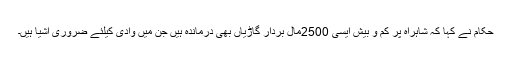
حکام نے کہا کہ شاہراہ پر کم و بیش ایسی 2500مال بردار گاڑیاں بھی درماندہ ہیں جن میں وادی کیلئے ضروری اشیا ہیں۔